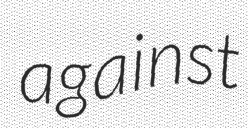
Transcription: against